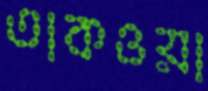
তাকওয়া